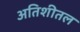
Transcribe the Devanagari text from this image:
अतिशीतल